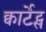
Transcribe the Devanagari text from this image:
क्वार्टेट्स